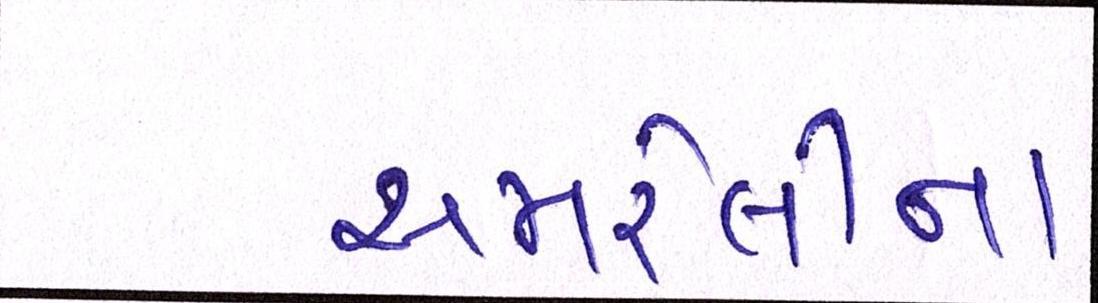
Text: અમરેલીના